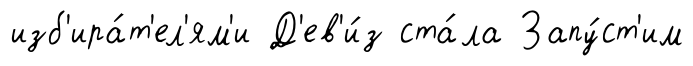
изб'ира́т'ел'ям'и Д'ев'и́з ста́ла Запу́ст'им